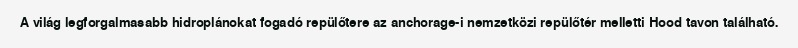
A világ legforgalmasabb hidroplánokat fogadó repülőtere az anchorage-i nemzetközi repülőtér melletti Hood tavon található.